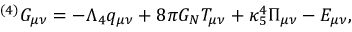
{ } ^ { ( 4 ) } G _ { \mu \nu } = - \Lambda _ { 4 } q _ { \mu \nu } + 8 \pi G _ { N } T _ { \mu \nu } + \kappa _ { 5 } ^ { 4 } \Pi _ { \mu \nu } - E _ { \mu \nu } ,